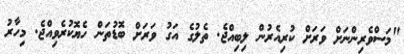
"މަސްވެރިންނަށް ވަރަށް ކުރިއެރުން ލިބިއްޖެ. ތެލުގެ އަގު ވަރަށް ބޮޑުތަން ހެޔޮކުރެވިއްޖެ. މިހާރު